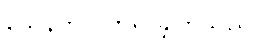
သေနတ်လိုက်ရှာခဲ့ကြသည်။